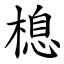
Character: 㮩